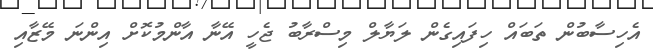
އެހިސާބުން ތަބައް ހިފައިގެން ލަޔާލް މިސްރާބު ޖެހީ އޭނާ އާންމުކޮށް އިންނަ މޭޒާއި